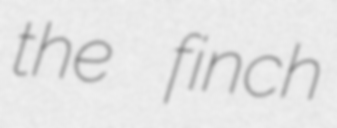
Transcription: the finch